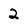
Character: 2